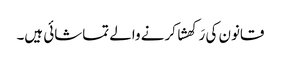
قانون کی رَکھشا کرنے والے تماشائی ہیں۔